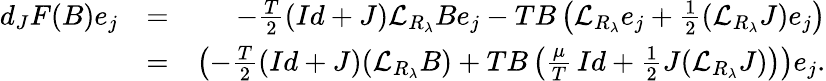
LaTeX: \begin{array}{rlr}{d_{J}F(B)e_{j}}&{=}&{-\frac{T}2\left(Id+J\right){\mathcal L}_{R_{\lambda}}Be_{j}-TB\left({\mathcal L}_{R_{\lambda}}e_{j}+\frac 12({\mathcal L}_{R_{\lambda}}J)e_{j}\right)}\\ &{=}&{\left(-\frac{T}2\left(Id+J\right)({\mathcal L}_{R_{\lambda}}B)+TB\left(\frac{\mu}{T}\, Id+\frac 12J({\mathcal L}_{R_{\lambda}}J)\right)\right)e_{j}.}\end{array}